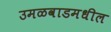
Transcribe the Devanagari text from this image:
उमळवाडमधील